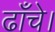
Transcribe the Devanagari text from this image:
ढाँचे।